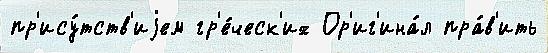
пр'ису́тств'иjем гр'е́ческ'их Ор'иг'ина́л пра́в'ить